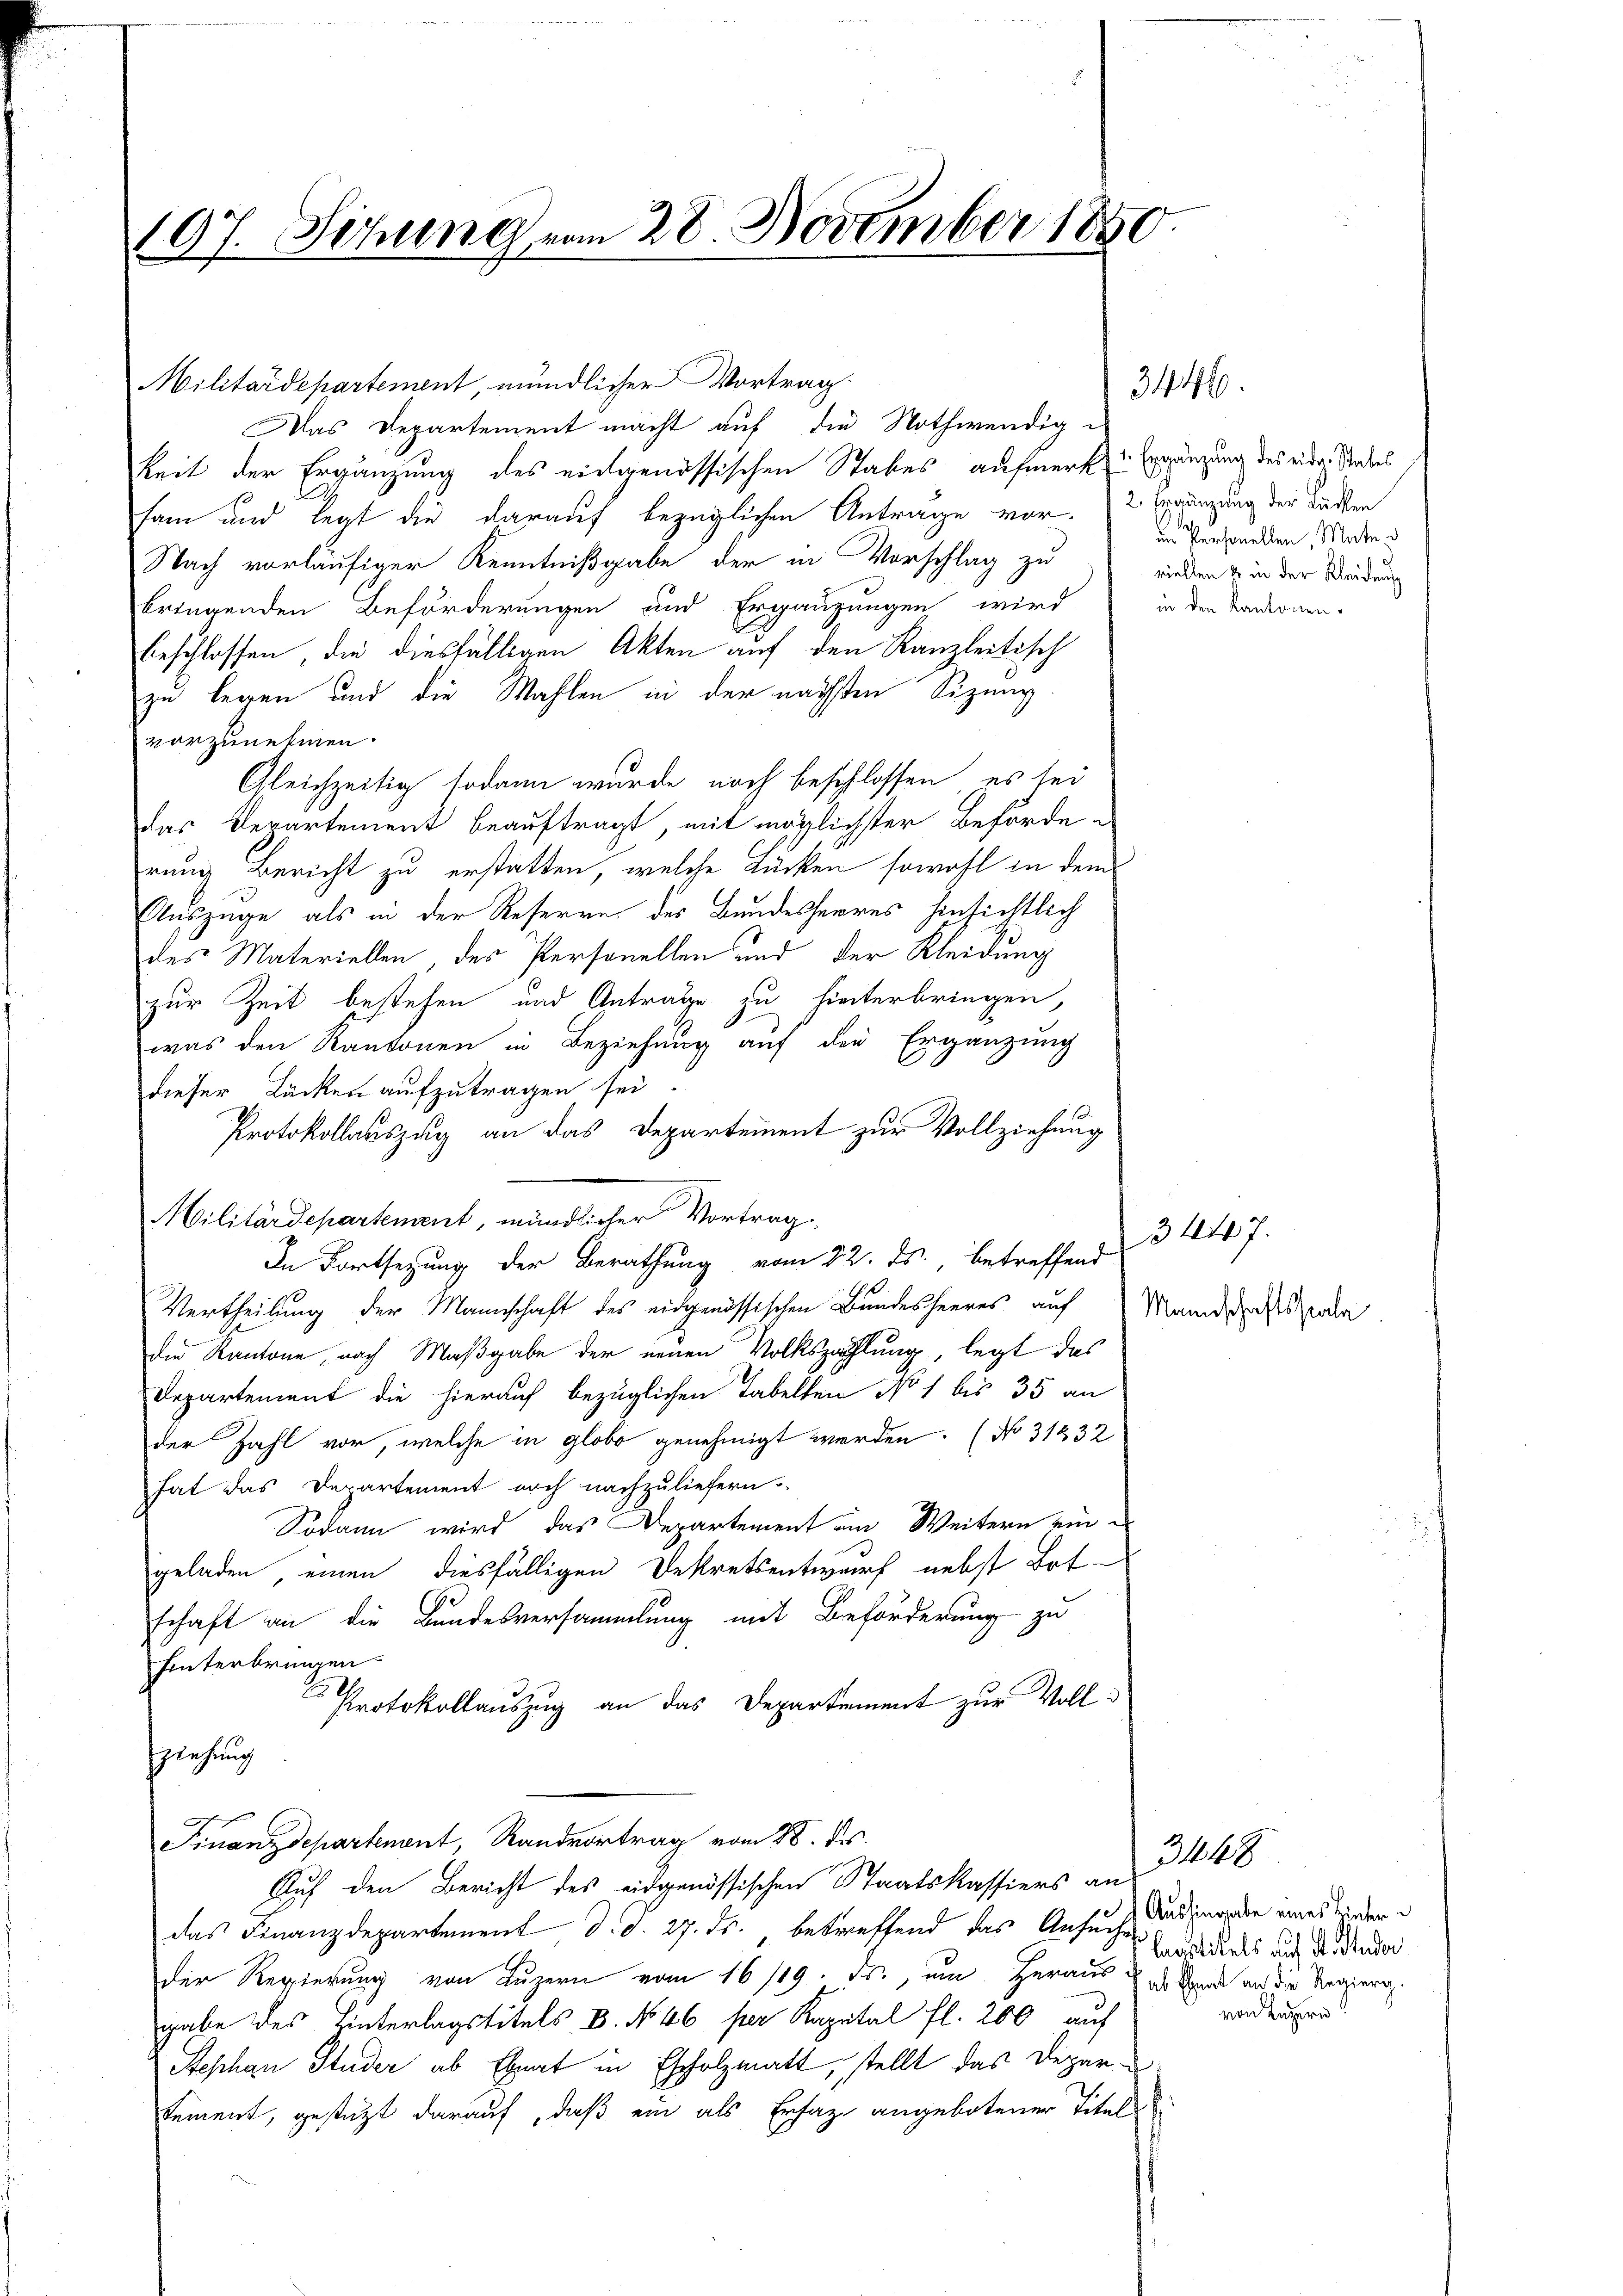
97. Sitzung vom 28. November 1850.
1

Militärdepartement, mündlicher Vortrag.
sam und legt die darauf bezüglichen Antrage vor. 2 Ergänzung der Sachen
Nach vorläufiger Kenntnißgabe der in Vorschlag zu
bringenden Beförderungen und Ergänzungen wird
beschlossen, die diesfälligen Akten auf den Kanzleitisch
zu legen und die Wahlen in der nächsten Sizung
vorzunehmen.
Gleichzeitig sodann wurde noch beschlossen, es sei
das Departement beauftragt, mit möglichster Beförderung Bericht zu erstatten, welche Rücken sowohl in dem
Auszüge als in der Reserren des Bundesherres hinsichtlich
des Materiellen, der Personellen und der Kleidung
zur Zeit bestehen und Antrage zu hinterbringen,
was den Kantonen in Beziehung auf der Ergänzung
dieser Lücken aufzutragen sei
Protokollauszug an das Departement zur Vollziehung
Militärdepartement, mündlicher Vortrag
In Fortsetzung der Berathung vom 22. ds., betreffend
Vertheilung der Mannschaft des eidgenössischen Bundesheeres auf Mannesserden
die Kantone, nach Maßgabe der neuen Volkszählung, legt das
Departement die hierauf bezüglichen Tabelten No 1 bis 35 an
der Zahl vor, welche in globo genehmigt werden. (No 31232
hat das Departement noch nachzuliefern
Sodann wird das Departement ein Weitern ein
geladen, einen diesfälligen Dekretsentwurf nebst Bot-
schaft an die Bundesversammlung mit Beförderung zu
hinterbringen.
.
Protokollauszug an das Departement zur Vollsziehung
Finanzdepartenant, Randvortrag vom 28. ds.
Auf den Bericht des eidgenössischen Staatskassiers an
das Finanzdepartement, d. d. 27. ds. betreffend das Ansuche
Der Regierung von Luzern vom 16/19. ds., um Heraus des Sand an die Regierung
gabe des Hinterlagstitels, u. No 46 per Kapital fl. 200 auf
Stephan Studer ab Ebnat in Escholzmatt, stellt das Departement, gestützt darauf, daß ein als Ersaz angebotener Titel

Das Departement macht auf die Nothwendige
keit der Ergänzung des eidgenössischen Stabes aufmerk Ergänzung des eider Todes

3446.

in Personellen, Mate u.
viellen & in der Kleideng
in den Kantonen.

3447.

Aushingabe eines Hinter
laastikels auf St. Studer
von Luzern.

3448